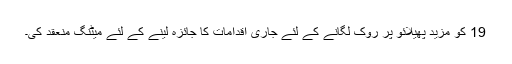
19 کو مزید پھیلائو پر روک لگانے کے لئے جاری اِقدامات کا جائزہ لینے کے لئے میٹنگ منعقد کی۔